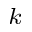
^ k